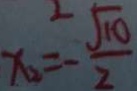
x _ { 2 } = - \frac { \sqrt { 1 0 } } { 2 }